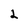
Character: 2